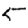
Digit: 5